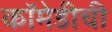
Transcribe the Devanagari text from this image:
कॉमेडीची